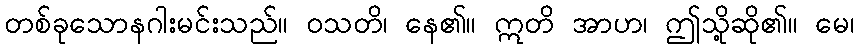
တစ်ခုသောနဂါးမင်းသည်။ ဝသတိ၊ နေ၏။ ဣတိ အာဟ၊ ဤသို့ဆို၏။ မေ၊